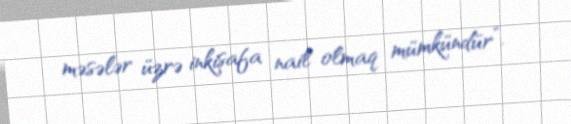
məsələr üzrə inkişafa nail olmaq mümkündür”.